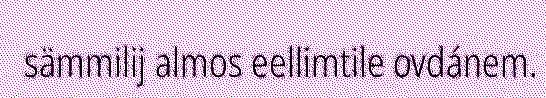
sämmilij almos eellimtile ovdánem.